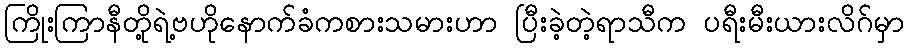
ကြိုးကြာနီတို့ရဲ့ဗဟိုနောက်ခံကစားသမားဟာ ပြီးခဲ့တဲ့ရာသီက ပရီးမီးယားလိဂ်မှာ